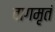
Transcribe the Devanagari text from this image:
वागमृतं